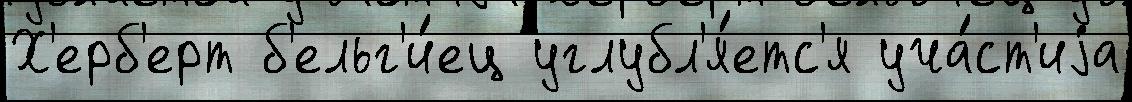
Х'ерб'ерт б'ельг'и́ец углубл'я́етс'я уча́ст'иjа